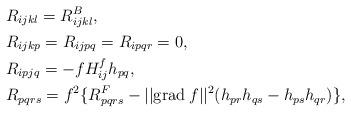
LaTeX: \begin{align*}& R_{ijkl} = R^B_{ijkl}, \\& R_{ijkp} = R_{ijpq} = R_{ipqr} = 0, \\& R_{ipjq} = -f H^f_{ij} h_{pq}, \\& R_{pqrs} = f^2 \{ R^F_{pqrs} - || {\rm grad}\: f ||^2 (h_{pr}h_{qs} - h_{ps}h_{qr}) \}, \end{align*}